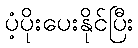
ပံ့ပိုးပေးနိုင်ပြီး